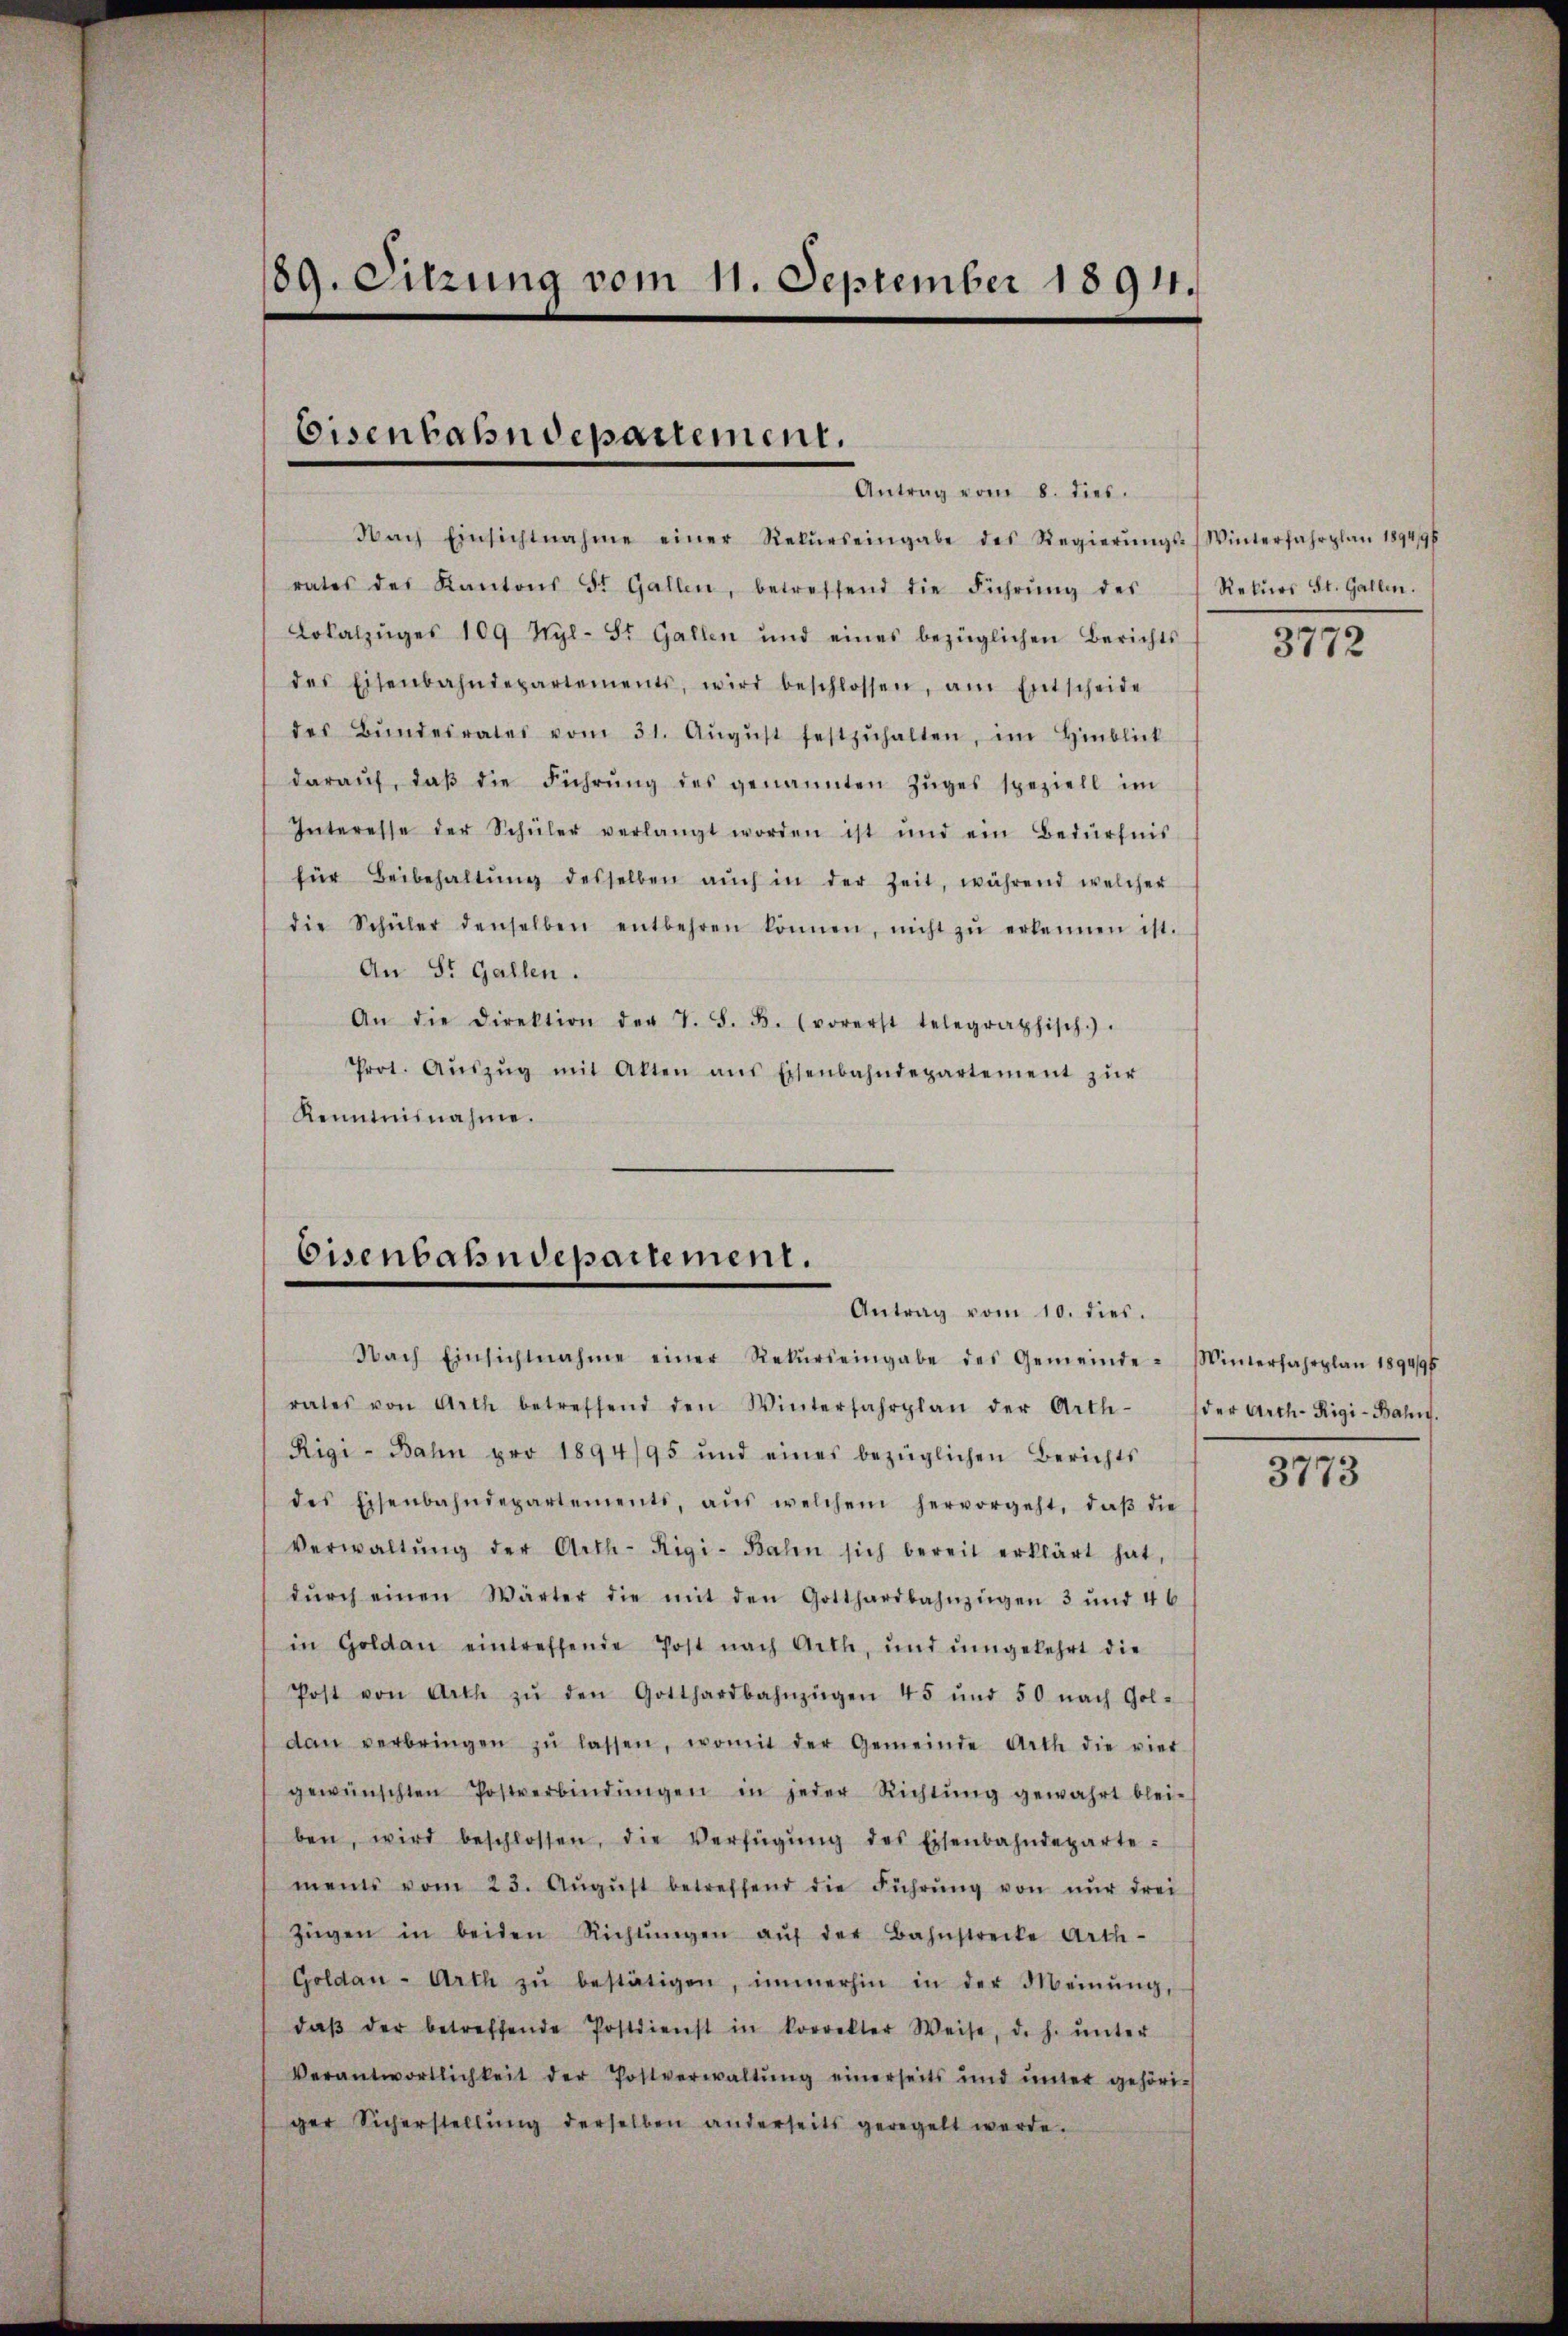
89. Sitzung vom 11. September 1894.

Nach Einsichtnahme einer Rekŭrs eingabe des Regierŭngs- (Winterfahrplan 1894/96
rates des Kantons St. Gallen, betreffend die Führŭng des
Lokalzŭges 109 Wyl- St. Gallen und eines bezüglichen Berichts-
des Eisenbahndepartements, wird beschlossen, am Entscheide
des Bŭndesrates vom 31. Aŭgŭst festzŭhalten, im Hinblick
daraŭf, daβ die Führŭng des genannten Zŭges speziell im
Interesse der Schüler verlangt worden ist und ein Bedürfnis
für Beibehaltŭng desselben aŭch in der Zeit, während welcher
die Schüler denselben entbehren können, nicht zŭ erkennen ist.
An St. Gallen.
An die Direktion der V. S. B. (vorerst telegraphisch.).
Prot. Aŭszŭg mit Akten aus Eisenbahndepartement zŭr
Kenntnisnahme.

Eisenbahndepartement.
Antrag vom 8. dies.

Eisenbahndepartement.
Antrag vom 10. dies.

Nach Einsichtnahme einer Rekŭrs eingabe des Gemeinde - Winterfahrplan 1894/96
rates von Arth betreffend den Winterfahrplan der Arth der Arth. Rigi-Bahn.
Rigi-Bahn pro 1894/95 und eines bezüglichen Berichts
des Eisenbahndepartementi, aŭs welchem hervorgeht, daβ die
Verwaltŭng der Arth-Rigi-Bahn sich bereit erklärt hat,
dŭrch einen Wärter die mit den Gotthardbahnzügen 3 und 46
in Goldau eintreffende Post nach Arth, und ŭmgekehrt die
Post von Arth zŭ den Gotthardbahnzügen 45 und 50 nach Gol-
dan verbringen zŭ lassen, womit der Gemeinde Arth die vier
gewünschten Postverbindŭngen in jeder Richtŭng gewahrt blei-
ben, wird beschlossen, die Verfügŭng des Eisenbahndeparte-
ments vom 23. Aŭgŭst betreffend die Führŭng von nŭr drei
Zügen in beiden Richtŭngen aŭf der Bahnstreite Arth-
Goldau-Arth zŭ bestätigen, immerhin in der Meinŭng,
daβ der betreffende Postdienst in korrekter Weise, d. h. ŭnter
Verantwortlichkeit der Postverwaltŭng einerseits und ŭnter gehöriger Sicherstellŭng derselben anderseits geregelt werde.

Rekurs St. Gallen.

3772

3773